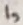
Text: 1,